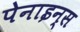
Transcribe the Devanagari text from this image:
पेनाइन्स